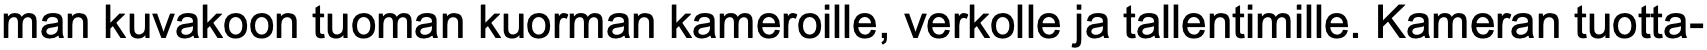
man kuvakoon tuoman kuorman kameroille, verkolle ja tallentimille. Kameran tuotta-